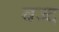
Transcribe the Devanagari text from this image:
वज्द